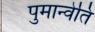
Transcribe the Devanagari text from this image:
पुमान्वेति